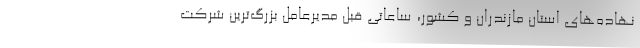
نهاده‌های استان مازندران و کشور، ساعاتی قبل مدیرعامل بزرگ‌ترین شرکت